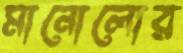
মানোলোর